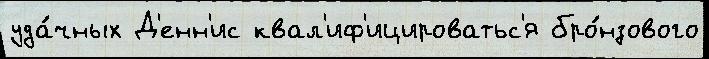
уда́чных Д'енн'ис квал'иф'ицироватьс'я бро́нзового